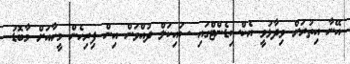
އޭނާ އިތުރަށް ވިދާޅުވީ އެކްސިޑެންޓްގައި ސައިކަލް ދުއްވަން އިން ފިރިހެން މީހާއަށް މާބޮޑު